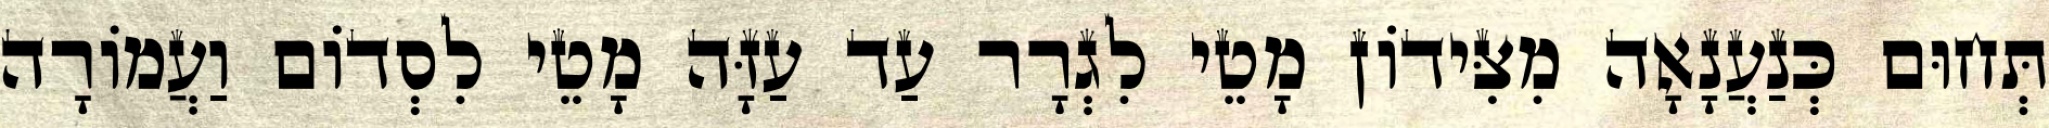
תְּחוּם כְּנַעֲנָאָה מִצִּידוֹן מָטֵי לִגְרָר עַד עַזָּה מָטֵי לִסְדוֹם וַעֲמוֹרָה